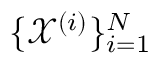
\{ \mathcal X ^ { ( i ) } \} _ { i = 1 } ^ { N }